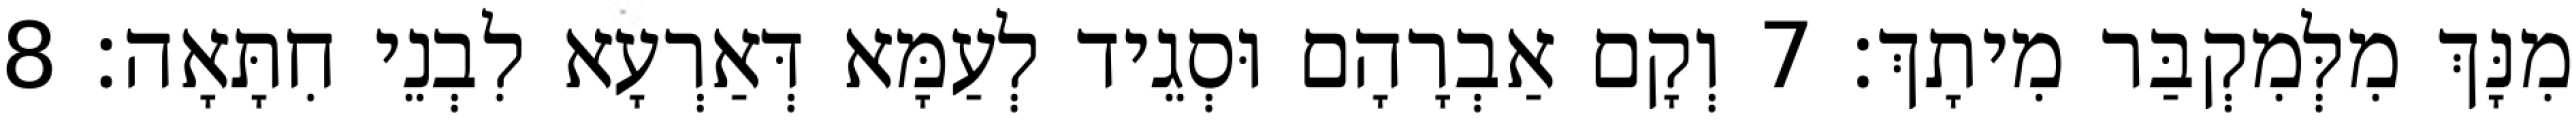
מִנָּךְ מִלְּמִקְבַּר מִיתָךְ׃ 7 וְקָם אַבְרָהָם וּסְגֵיד לְעַמָּא דְּאַרְעָא לִבְנֵי חִתָּאָה׃ 8